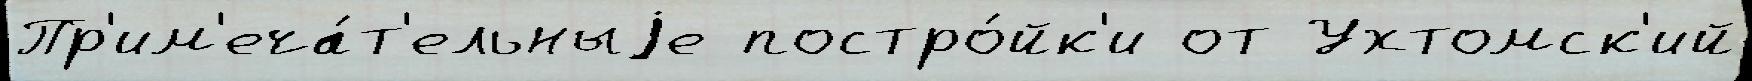
Пр'им'еча́т'ельныjе постро́йк'и от Ухтомск'ий